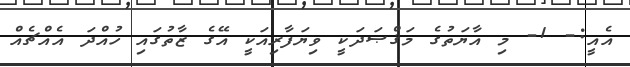
އެއީ:- 1- މި އާޔަތުގެ މަޤްޞަދަކީ ވިޔަފާރިއަކީ އޭގެ ޒާތުގައި ހުއްދަ އެއްޗެއް